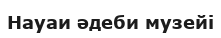
Науаи әдеби музейі